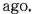
ago.